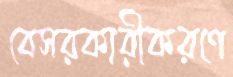
বেসরকারীকরণে